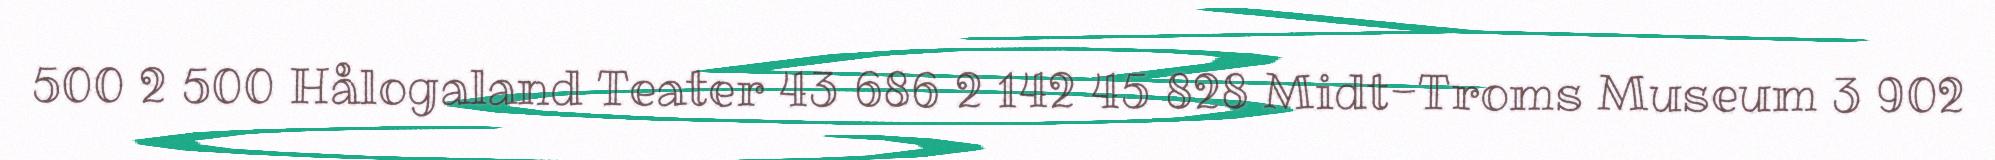
500 2 500 Hålogaland Teater 43 686 2 142 45 828 Midt-Troms Museum 3 902